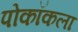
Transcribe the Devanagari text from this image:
पोकॉकला